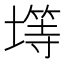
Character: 𫮨